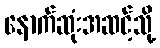
နောက်ဆုံးအဆင့်သို့